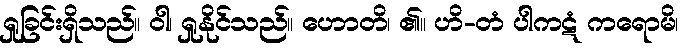
ရှုခြင်းရှိသည်။ ဝါ၊ ရှုနိုင်သည်။ ဟောတိ၊ ၏။ ဟိ-တံ ပါကဋံ ကရောမိ၊